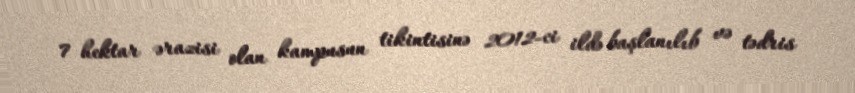
7 hektar ərazisi olan kampusun tikintisinə 2012-ci ildə başlanılıb və tədris